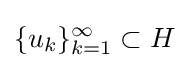
\{u_{k}\}_{k=1}^{\infty }\subset H